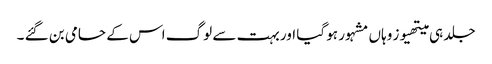
جلد ہی میتھیوز وہاں مشہور ہو گیا اور بہت سے لوگ اس کے حامی بن گئے ۔